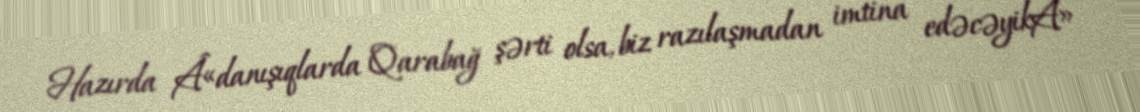
Hazırda Â«danışıqlarda Qarabağ şərti olsa, biz razılaşmadan imtina edəcəyikÂ»